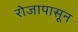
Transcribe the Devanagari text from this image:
रोजापासून